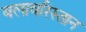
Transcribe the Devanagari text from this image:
बलावरिस्तान